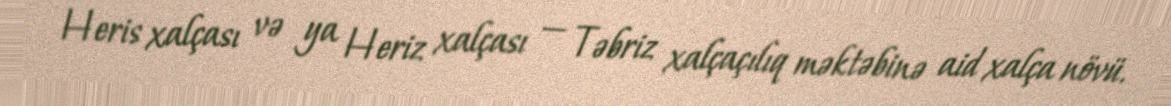
Heris xalçası və ya Heriz xalçası — Təbriz xalçaçılıq məktəbinə aid xalça növü.